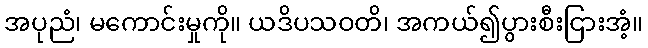
အပုညံ၊ မကောင်းမှုကို။ ယဒိပသဝတိ၊ အကယ်၍ပွားစီးငြားအံ့။